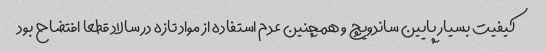
کیفیت بسیار پایین ساندویچ و همچنین عدم استفاده از مواد تازه در سالاد قطعا افتضاح بود